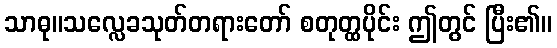
သာဓု။သလ္လေခသုတ်တရားတော် စတုတ္ထပိုင်း ဤတွင် ပြီး၏။